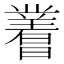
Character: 𬁝